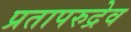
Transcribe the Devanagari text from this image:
प्रतापरुद्रेव